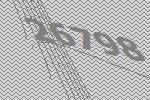
26798